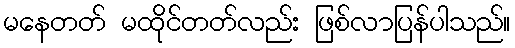
မနေတတ် မထိုင်တတ်လည်း ဖြစ်လာပြန်ပါသည်။